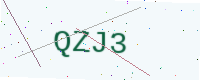
Text: QZJ3